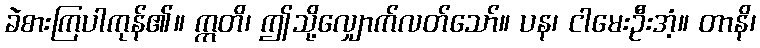
ခဲစားကြပါကုန်၏။ ဣတိ၊ ဤသို့လျှောက်လတ်သော်။ ပန၊ ငါမေးဦးအံ့။ တာနိ၊